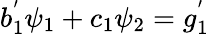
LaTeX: b_{1}^{'}\psi_{1}+c_{1}\psi_{2}=g_{1}^{'}